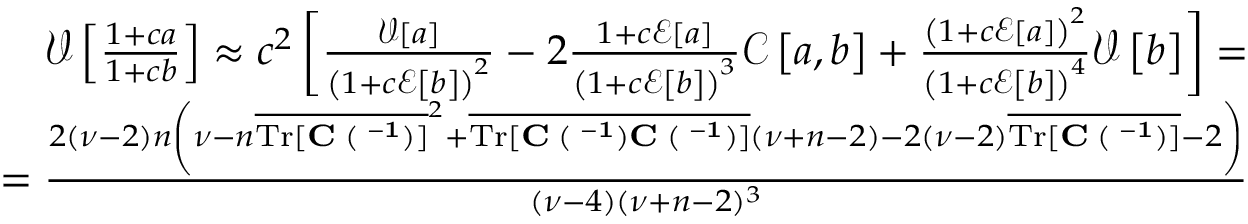
\begin{array} { r } { \mathcal { V } \left[ \frac { 1 + c a } { 1 + c b } \right] \approx c ^ { 2 } \left[ \frac { \mathcal { V } \left[ a \right] } { \left( 1 + c \mathcal { E } \left[ b \right] \right) ^ { 2 } } - 2 \frac { 1 + c \mathcal { E } \left[ a \right] } { \left( 1 + c \mathcal { E } \left[ b \right] \right) ^ { 3 } } \mathcal { C } \left[ a , b \right] + \frac { \left( 1 + c \mathcal { E } \left[ a \right] \right) ^ { 2 } } { \left( 1 + c \mathcal { E } \left[ b \right] \right) ^ { 4 } } \mathcal { V } \left[ b \right] \right] = } \\ { = \frac { 2 ( \nu - 2 ) n \left( \nu - n \overline { { \mathrm { T r } [ \bf { C \Xi } ( { \bf \Lambda } ^ { - 1 } ) ] } } ^ { 2 } + \overline { { \mathrm { T r } [ \bf { C \Xi } ( { \bf \Lambda } ^ { - 1 } ) \bf { C \Xi } ( { \bf \Lambda } ^ { - 1 } ) ] } } ( \nu + n - 2 ) - 2 ( \nu - 2 ) \overline { { \mathrm { T r } [ \bf { C \Xi } ( { \bf \Lambda } ^ { - 1 } ) ] } } - 2 \right) } { ( \nu - 4 ) ( \nu + n - 2 ) ^ { 3 } } } \end{array}